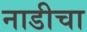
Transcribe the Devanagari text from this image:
नाडीचा